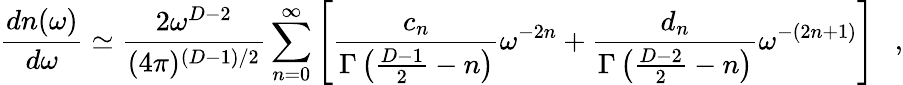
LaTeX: {\frac{dn(\omega)}{d\omega}}\simeq{\frac{2\omega^{D-2}}{(4\pi)^{(D-1)/2}}}\sum_{n=0}^{\infty}\left[{\frac{c_{n}}{\Gamma\left({\frac{D-1}{2}}-n\right)}}\omega^{-2n}+{\frac{d_{n}}{\Gamma\left({\frac{D-2}{2}}-n\right)}}\omega^{-(2n+1)}\right]~~~,